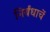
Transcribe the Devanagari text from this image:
निर्बंधाचें